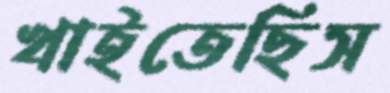
খাইতেছিস